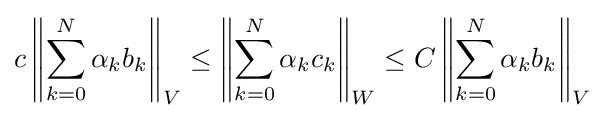
c\left\|\sum _{k=0}^{N}\alpha _{k}b_{k}\right\|_{V}\leq \left\|\sum _{k=0}^{N}\alpha _{k}c_{k}\right\|_{W}\leq C\left\|\sum _{k=0}^{N}\alpha _{k}b_{k}\right\|_{V}